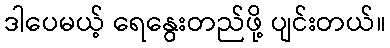
ဒါပေမယ့် ရေနွေးတည်ဖို့ ပျင်းတယ်။